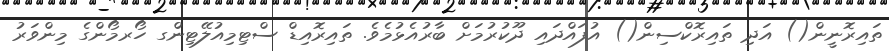
ތައިރޮނީން() އަދި ތައިރޮކްސިން() އުފައްދައި ދޫކުރުމަށް ބާރުއެޅުމެވެ. ތައިރޮއިޑް ސްޓިމިއުލޭޓިންގ ހޯރމޯންގެ މިންވަރު